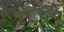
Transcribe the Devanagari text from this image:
टेलिकौम्स